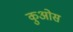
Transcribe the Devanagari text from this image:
कुओस